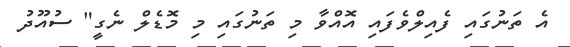
އެ ތަނުގައި ފެއިލްވެފައި އޮއްވާ މި ތަނުގައި މި މޮޑެލް ނެގީ" ސުއޫދު